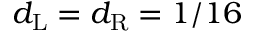
d _ { \mathrm { L } } = d _ { \mathrm { R } } = 1 / 1 6